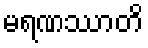
မရဏဿာတိ